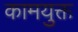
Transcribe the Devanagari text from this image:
कामयुक्त